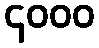
၄၀၀၀